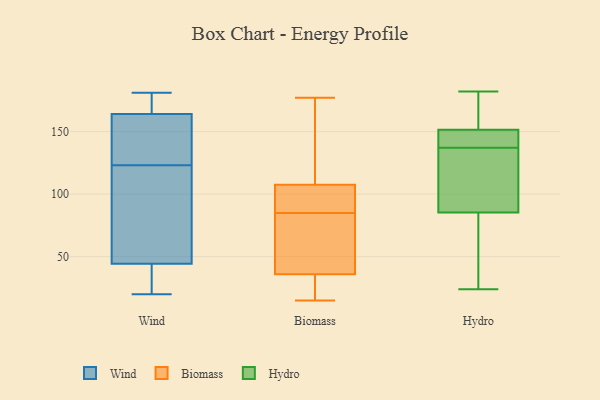
{"axis": {"x": "Gross Profit (USD K)", "y": "Value"}, "legend": ["Biomass", "Hydro", "Wind"], "data": [{"x": "", "y": 161, "type": "Wind"}, {"x": "", "y": 20, "type": "Wind"}, {"x": "", "y": 177, "type": "Wind"}, {"x": "", "y": 181, "type": "Wind"}, {"x": "", "y": 46, "type": "Wind"}, {"x": "", "y": 173, "type": "Wind"}, {"x": "", "y": 123, "type": "Wind"}, {"x": "", "y": 74, "type": "Wind"}, {"x": "", "y": 79, "type": "Wind"}, {"x": "", "y": 152, "type": "Wind"}, {"x": "", "y": 26, "type": "Wind"}, {"x": "", "y": 68, "type": "Wind"}, {"x": "", "y": 148, "type": "Wind"}, {"x": "", "y": 177, "type": "Wind"}, {"x": "", "y": 150, "type": "Wind"}, {"x": "", "y": 39, "type": "Wind"}, {"x": "", "y": 26, "type": "Wind"}, {"x": "", "y": 102, "type": "Biomass"}, {"x": "", "y": 48, "type": "Biomass"}, {"x": "", "y": 24, "type": "Biomass"}, {"x": "", "y": 58, "type": "Biomass"}, {"x": "", "y": 15, "type": "Biomass"}, {"x": "", "y": 81, "type": "Biomass"}, {"x": "", "y": 113, "type": "Biomass"}, {"x": "", "y": 102, "type": "Biomass"}, {"x": "", "y": 89, "type": "Biomass"}, {"x": "", "y": 99, "type": "Biomass"}, {"x": "", "y": 141, "type": "Biomass"}, {"x": "", "y": 17, "type": "Biomass"}, {"x": "", "y": 76, "type": "Biomass"}, {"x": "", "y": 20, "type": "Biomass"}, {"x": "", "y": 177, "type": "Biomass"}, {"x": "", "y": 127, "type": "Biomass"}, {"x": "", "y": 146, "type": "Hydro"}, {"x": "", "y": 145, "type": "Hydro"}, {"x": "", "y": 89, "type": "Hydro"}, {"x": "", "y": 176, "type": "Hydro"}, {"x": "", "y": 24, "type": "Hydro"}, {"x": "", "y": 182, "type": "Hydro"}, {"x": "", "y": 61, "type": "Hydro"}, {"x": "", "y": 90, "type": "Hydro"}, {"x": "", "y": 137, "type": "Hydro"}, {"x": "", "y": 148, "type": "Hydro"}, {"x": "", "y": 162, "type": "Hydro"}, {"x": "", "y": 120, "type": "Hydro"}, {"x": "", "y": 74, "type": "Hydro"}]}